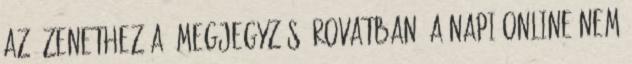
az üzenethez a "Megjegyzés" rovatban. A NAPI Online nem